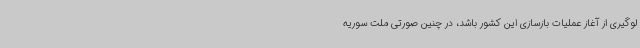
لوگیری از آغاز عملیات بازسازی این کشور باشد، در چنین صورتی ملت سوریه